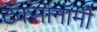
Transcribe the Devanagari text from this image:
टॅक्सॉनॉमी